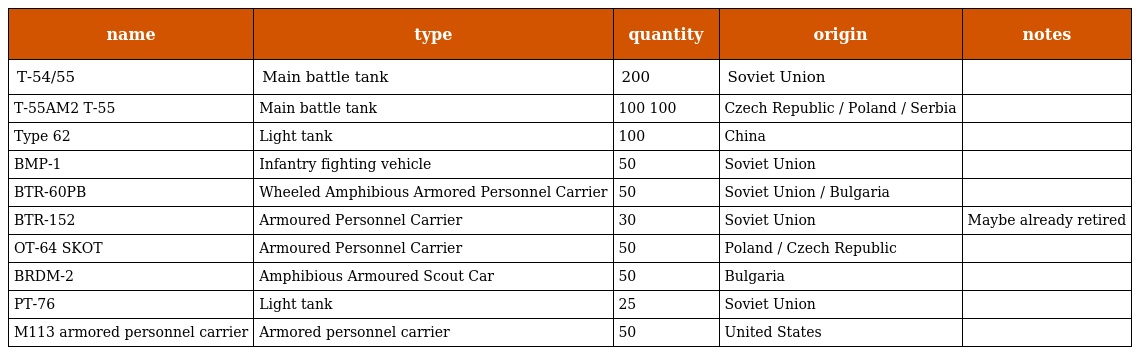
| name | type | quantity | origin | notes |
 | --- | --- | --- | --- | --- |
 | T-54/55 | Main battle tank | 200 | Soviet Union |  |
 | T-55AM2 T-55 | Main battle tank | 100 100 | Czech Republic / Poland / Serbia |  |
 | Type 62 | Light tank | 100 | China |  |
 | BMP-1 | Infantry fighting vehicle | 50 | Soviet Union |  |
 | BTR-60PB | Wheeled Amphibious Armored Personnel Carrier | 50 | Soviet Union / Bulgaria |  |
 | BTR-152 | Armoured Personnel Carrier | 30 | Soviet Union | Maybe already retired |
 | OT-64 SKOT | Armoured Personnel Carrier | 50 | Poland / Czech Republic |  |
 | BRDM-2 | Amphibious Armoured Scout Car | 50 | Bulgaria |  |
 | PT-76 | Light tank | 25 | Soviet Union |  |
 | M113 armored personnel carrier | Armored personnel carrier | 50 | United States |  |